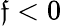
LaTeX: \mathfrak{f}<0